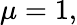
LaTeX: \mu=1,